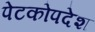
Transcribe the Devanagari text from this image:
पेटकोपदेश